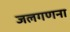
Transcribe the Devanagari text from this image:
जलगणना